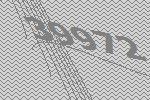
39972